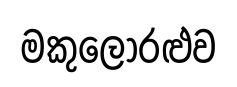
මකුලොරළුව